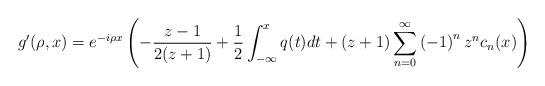
LaTeX: \begin{align*}g^{\prime}(\rho,x)=e^{-i\rho x}\left( -\frac{z-1}{2(z+1)}+\frac{1}{2}\int_{-\infty}^{x}q(t)dt+(z+1)\sum_{n=0}^{\infty}\left( -1\right) ^{n}z^{n}c_{n}(x)\right) \end{align*}